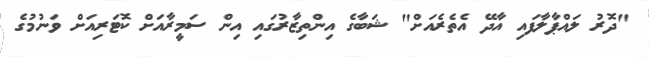
"ދޮރު ލައްޕާލާފައި އާދޭ އެތެރެއަށް" ޝަބާގެ އިންތިޒާރުގައި އިން ސަމީރާއަށް ކޮޓަރިއަށް ވަނުމުގެ